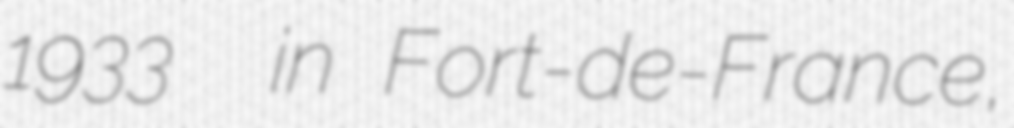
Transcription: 1933  in Fort-de-France,